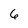
Character: 6